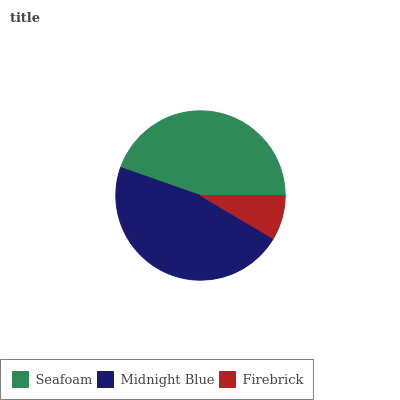
| Seafoam | Midnight Blue | Firebrick |
 | --- | --- | --- |
 | 44.6% | 46.9% | 8.51% |